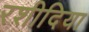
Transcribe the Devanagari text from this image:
रशीदिया